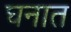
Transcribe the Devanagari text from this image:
घनात